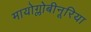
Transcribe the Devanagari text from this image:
मायोग्लोबीनूरिया